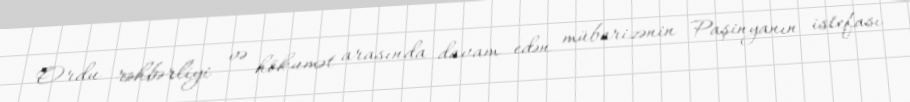
Ordu rəhbərliyi və hökumət arasında davam edən mübarizənin Paşinyanın istefası